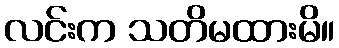
လင်းက သတိမထားမိ။